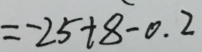
= - 2 5 + 8 - 0 . 2